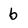
Character: b